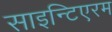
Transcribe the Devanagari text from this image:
साइन्टिएरम